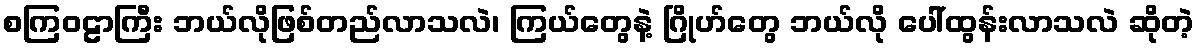
စကြဝဠာကြီး ဘယ်လိုဖြစ်တည်လာသလဲ၊ ကြယ်တွေနဲ့ ဂြိုဟ်တွေ ဘယ်လို ပေါ်ထွန်းလာသလဲ ဆိုတဲ့